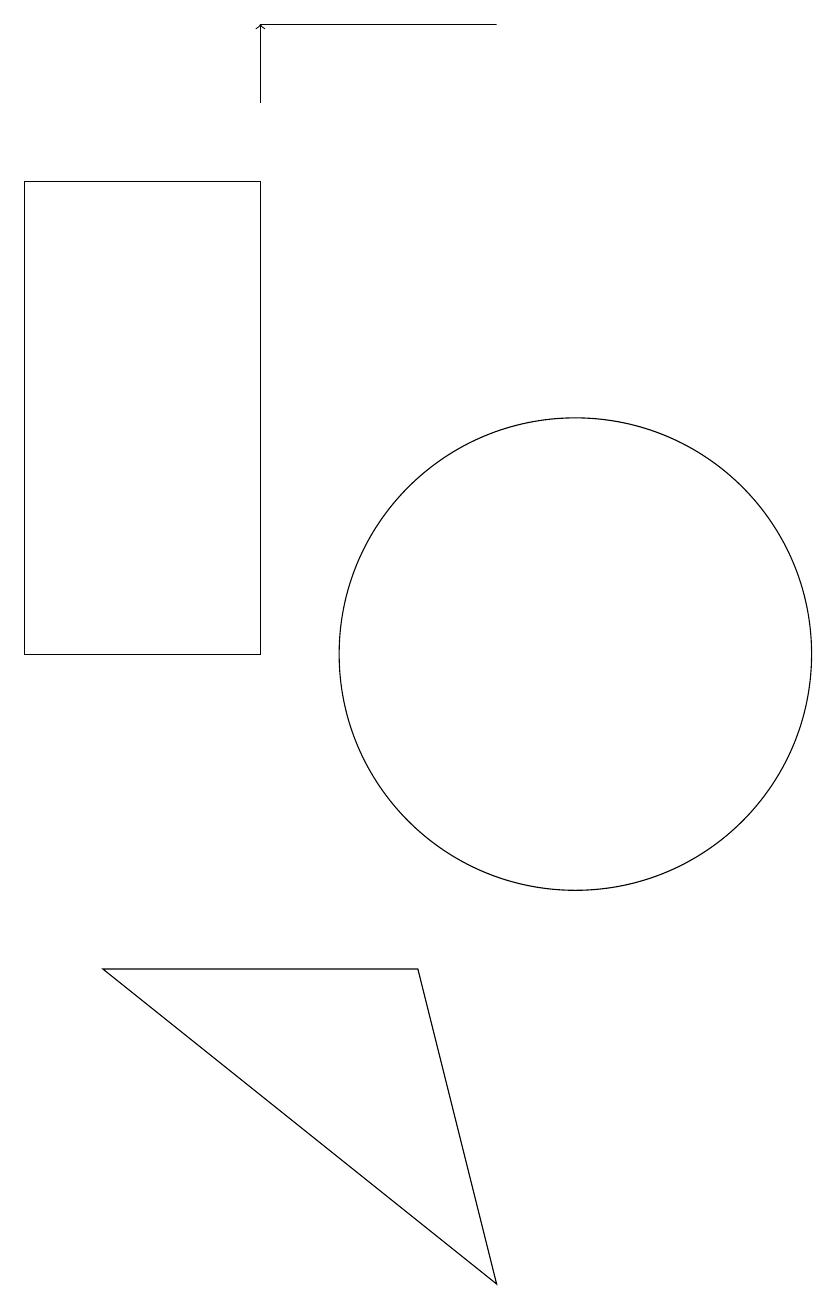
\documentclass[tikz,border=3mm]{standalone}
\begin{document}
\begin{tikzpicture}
\draw (8,6) -- (4,6) -- (9,2) -- cycle;
\draw[->] (6,17) -- (6,18);
\draw (10,10) circle (3);
\draw (3,16) rectangle (6,10);
\draw (6,18) rectangle (9,18);
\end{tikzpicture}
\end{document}